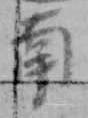
南